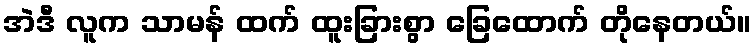
အဲဒီ လူက သာမန် ထက် ထူးခြားစွာ ခြေထောက် တိုနေတယ်။